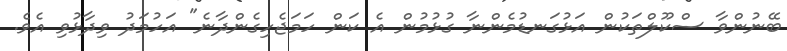
ބޭނުންވާ ސްކޫލްތަކުން އަޅުގަނޑުމެންނާ ގުޅުމުން އެ ކަން ހަމަޖެހިގެންދާނެ" އަހުމަދު ވިދާޅުވި އެވެ.